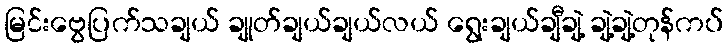
မြင်းဗွေပြက်သချယ် ချုတ်ချယ်ချယ်လယ် ရွေးချယ်ချီချဲ့ ချဲ့ချဲ့တုန်ကပ်